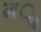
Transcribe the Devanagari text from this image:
मॢ